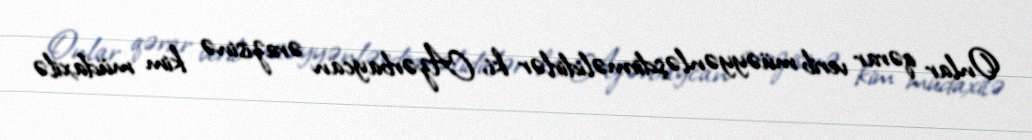
Onlar qərar verib müəyyənləşdirməlidirlər ki, Azərbaycan ərazisinə kim müdaxilə